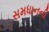
સમધાનની